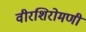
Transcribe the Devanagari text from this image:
वीरशिरोमणी